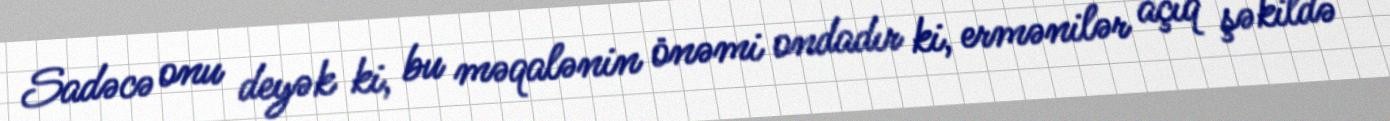
Sadəcə onu deyək ki, bu məqalənin önəmi ondadır ki, ermənilər açıq şəkildə